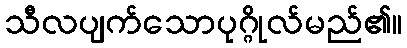
သီလပျက်သောပုဂ္ဂိုလ်မည်၏။